Annual administration report of the Civil Veterinary Department of India - 1897-1898
Year: 1897
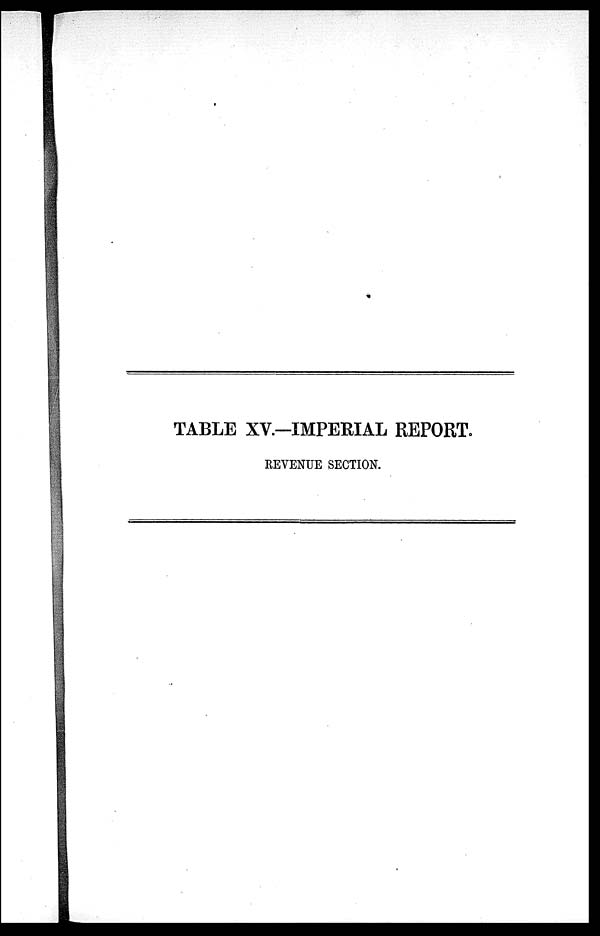
TABLE XV.—IMPERIAL REPORT.
REVENUE SECTION.